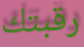
رقبتك